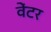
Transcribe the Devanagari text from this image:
वेंटर